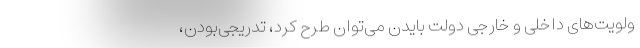
ولویت‌های داخلی و خارجی دولت بایدن می‌توان طرح کرد، تدریجی‌بودن،